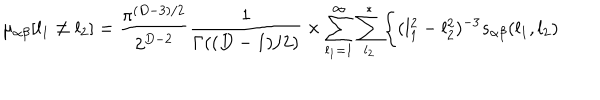
\mu _ { \alpha \beta } [ l _ { 1 } \neq l _ { 2 } ] = { \frac { \pi ^ { ( D - 3 ) / 2 } } { 2 ^ { D - 2 } } } { \frac { 1 } { \Gamma ( ( D - 1 ) / 2 ) } } \times \sum _ { l _ { 1 } = 1 } ^ { \infty } \sum _ { l _ { 2 } } ^ { * } \Biggl \{ ( l _ { 1 } ^ { 2 } - l _ { 2 } ^ { 2 } ) ^ { - 3 } s _ { \alpha \beta } ( l _ { 1 } , l _ { 2 } )